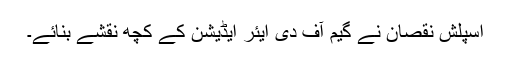
اسپلش نقصان نے گیم آف دی ایئر ایڈیشن کے کچھ نقشے بنائے۔